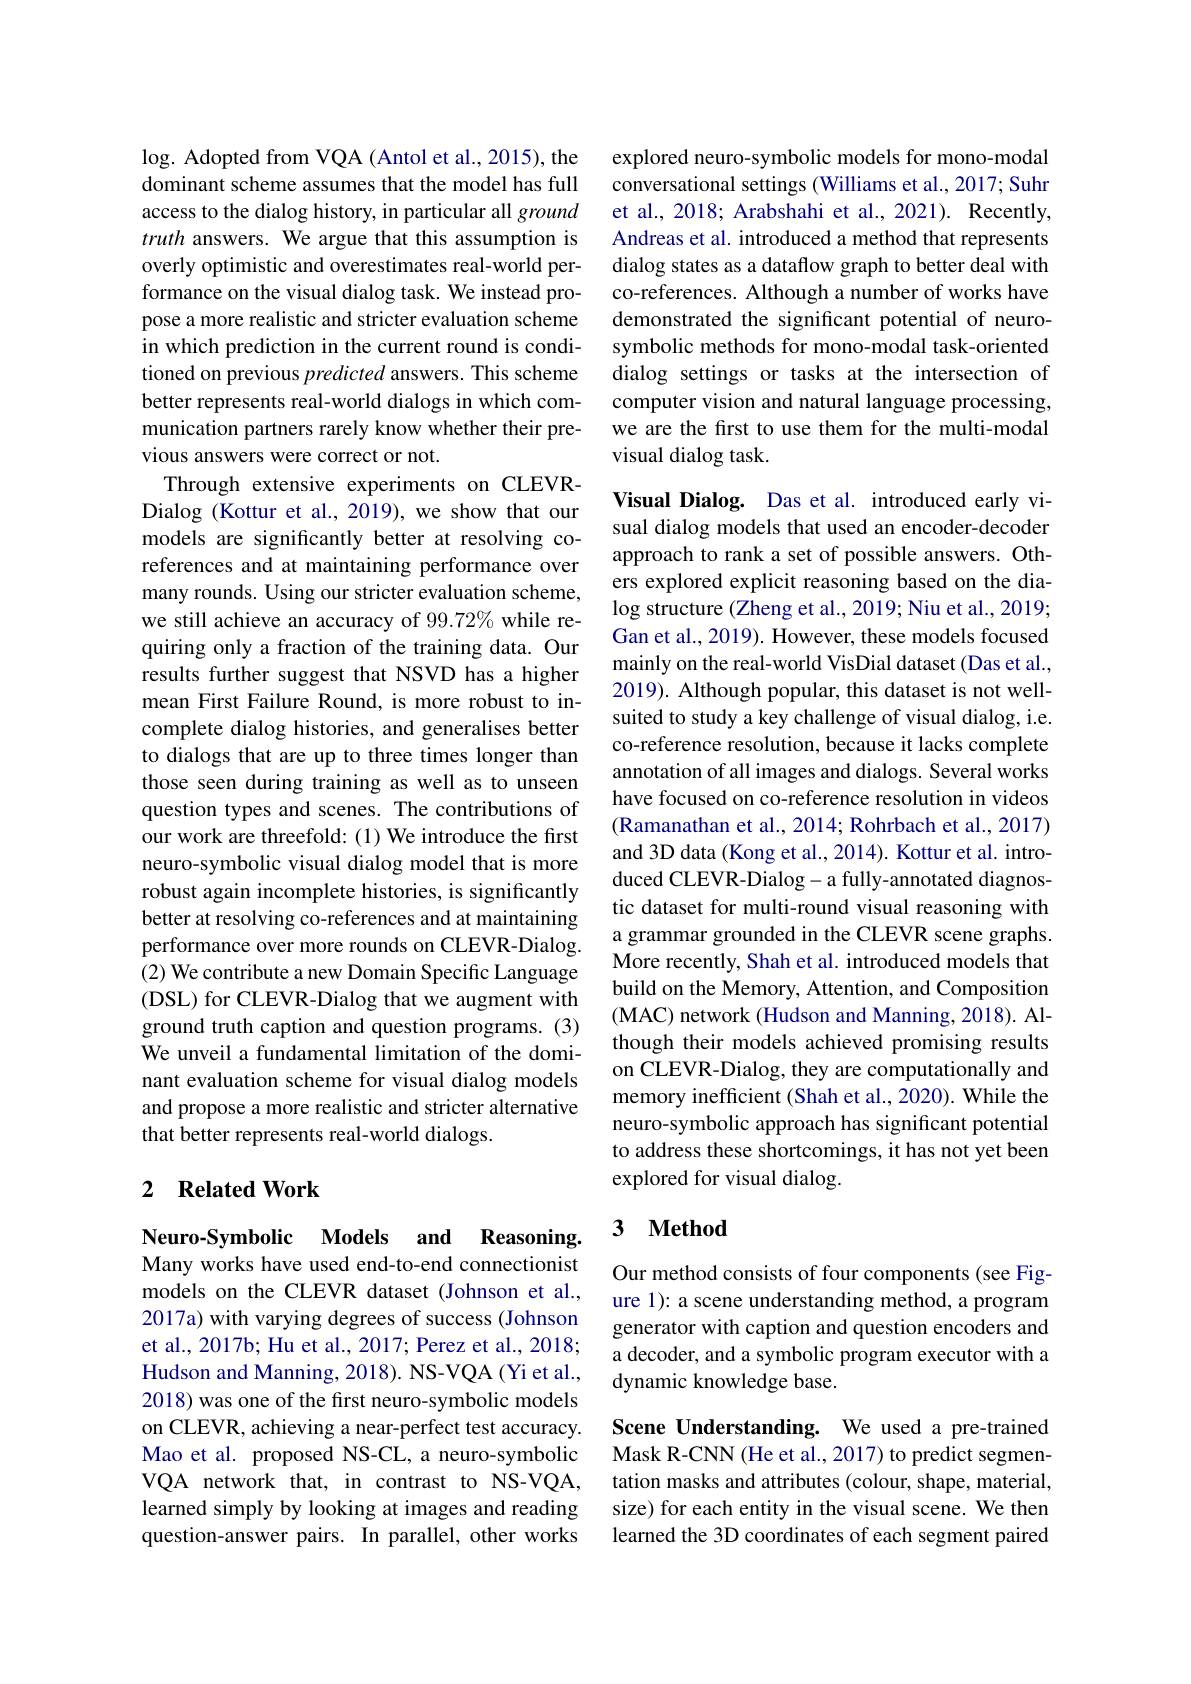
$\log.$ Adopted from VQA (Antol et al., 2015), the dominant scheme assumes that the model has full access to the dialog history, in particular all ground truth answers. We argue that this assumption is overly optimistic and overestimates real-world performance on the visual dialog task. We instead propose a more realistic and stricter evaluation scheme in which prediction in the current round is conditioned on previous predicted answers. This scheme better represents real-world dialogs in which communication partners rarely know whether their previous answers were correct or not.
Through extensive experiments on CLEVRDialog (Kottur et al., 2019), we show that our models are significantly better at resolving coreferences and at maintaining performance over many rounds. Using our stricter evaluation scheme, we still achieve an accuracy of 99.72% while requiring only a fraction of the training data. Our results further suggest that NSVD has a higher mean First Failure Round, is more robust to incomplete dialog histories, and generalises better to dialogs that are up to three times longer than those seen during training as well as to unseen question types and scenes. The contributions of our work are threefold: (1) We introduce the first neuro-symbolic visual dialog model that is more robust again incomplete histories, is significantly better at resolving co-references and at maintaining performance over more rounds on CLEVR-Dialog. (2) We contribute a new Domain Specific Language (DSL) for CLEVR-Dialog that we augment with ground truth caption and question programs. (3) We unveil a fundamental limitation of the dominant evaluation scheme for visual dialog models and propose a more realistic and stricter alternative that better represents real-world dialogs.

## 2 $\textbf{Related Work}$

Neuro-Symbolic Models and Reasoning. Many works have used end-to-end connectionist models on the CLEVR dataset (Johnson et al., 2017a) with varying degrees of success (Johnson et al., 2017b; Hu et al., 2017; Perez et al., 2018; Hudson and Manning, 2018). NS-VQA (Yi et al., 2018) was one of the first neuro-symbolic models on CLEVR, achieving a near-perfect test accuracy. Mao et al. proposed NS-CL, a neuro-symbolic VQA network that, in contrast to NS-VQA, learned simply by looking at images and reading question-answer pairs. In parallel, other works

explored neuro-symbolic models for mono-modal conversational settings (Williams et al., 2017; Suhr et al., 2018; Arabshahi et al., 2021). Recently, Andreas et al. introduced a method that represents dialog states as a dataflow graph to better deal with co-references. Although a number of works have demonstrated the significant potential of neurosymbolic methods for mono-modal task-oriented dialog settings or tasks at the intersection of computer vision and natural language processing, we are the first to use them for the multi-modal visual dialog task.

Visual Dialog. Das et al. introduced early visual dialog models that used an encoder-decoder approach to rank a set of possible answers. Others explored explicit reasoning based on the dia- $\log$ structure (Zheng et al., 2019; Niu et al., 2019; Gan et al., 2019). However, these models focused mainly on the real-world VisDial dataset (Das et al., 2019). Although popular, this dataset is not wellsuited to study a key challenge of visual dialog, i.e. co-reference resolution, because it lacks complete annotation of all images and dialogs. Several works have focused on co-reference resolution in videos (Ramanathan et al., 2014; Rohrbach et al., 2017) and 3D data (Kong et al., 2014). Kottur et al. introduced CLEVR-Dialog- a fully-annotated diagnostic dataset for multi-round visual reasoning with a grammar grounded in the CLEVR scene graphs. More recently, Shah et al. introduced models that build on the Memory, Attention, and Composition (MAC) network (Hudson and Manning, 2018). Although their models achieved promising results on CLEVR-Dialog, they are computationally and memory inefficient (Shah et al., 2020). While the neuro-symbolic approach has significant potential to address these shortcomings, it has not yet been explored for visual dialog.

## 3 $\textbf{Method}$

Our method consists of four components (see Figure 1): a scene understanding method, a program generator with caption and question encoders and a decoder, and a symbolic program executor with a dynamic knowledge base.

Scene Understanding. We used a pre-trained Mask R-CNN (He et al., 2017) to predict segmentation masks and attributes (colour, shape, material, size) for each entity in the visual scene. We then learned the 3D coordinates of each segment paired